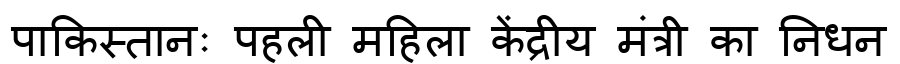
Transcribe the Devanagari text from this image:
पाकिस्तानः पहली महिला केंद्रीय मंत्री का निधन